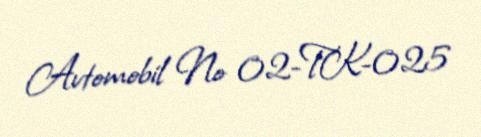
Avtomobil № 02-TK-025